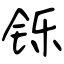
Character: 铄